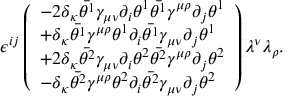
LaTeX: \epsilon ^ { i j } \left( \begin{array} { l } { { - 2 \delta _ { \kappa } \bar { \theta ^ { 1 } } \gamma _ { \mu \nu } \partial _ { i } \theta ^ { 1 } \bar { \theta ^ { 1 } } \gamma ^ { \mu \rho } \partial _ { j } \theta ^ { 1 } } } \\ { { + \delta _ { \kappa } \bar { \theta ^ { 1 } } \gamma ^ { \mu \rho } \theta ^ { 1 } \partial _ { i } \bar { \theta ^ { 1 } } \gamma _ { \mu \nu } \partial _ { j } \theta ^ { 1 } } } \\ { { + 2 \delta _ { \kappa } \bar { \theta ^ { 2 } } \gamma _ { \mu \nu } \partial _ { i } \theta ^ { 2 } \bar { \theta ^ { 2 } } \gamma ^ { \mu \rho } \partial _ { j } \theta ^ { 2 } } } \\ { { - \delta _ { \kappa } \bar { \theta ^ { 2 } } \gamma ^ { \mu \rho } \theta ^ { 2 } \partial _ { i } \bar { \theta ^ { 2 } } \gamma _ { \mu \nu } \partial _ { j } \theta ^ { 2 } } } \end{array} \right) \lambda ^ { \nu } \lambda _ { \rho } .